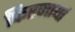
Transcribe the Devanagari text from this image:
फिरणार्या